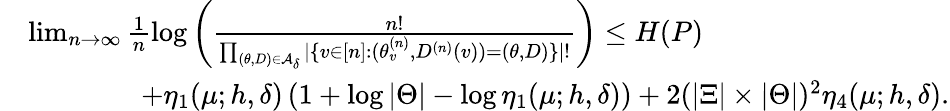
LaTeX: \begin{array}{rl}&{\operatorname*{lim}_{n\rightarrow\infty}\frac{1}{n}\log\left(\frac{n!}{\prod_{(\theta,D)\in\mathcal{A}_{\delta}}|\{ v\in[n]:(\theta_{v}^{(n)},D^{(n)}(v))=(\theta,D)\} |!}\right)\leq H(P)}\\ &{\qquad\qquad+\eta_{1}(\mu;h,\delta)\left(1+\log|\Theta|-\log\eta_{1}(\mu;h,\delta)\right)+2(|\Xi|\times|\Theta|)^{2}\eta_{4}(\mu;h,\delta).}\end{array}